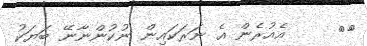
١٦     އެއުރެން އެ ނަރަކައިން ނުކުންނާނޭ ބަޔަކު